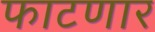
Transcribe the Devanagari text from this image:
फाटणार